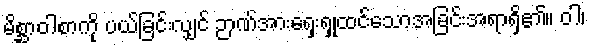
မိစ္ဆာဝါစာကို ပယ်ခြင်းလျှင် ဉာဏ်အားရှေးရှုထင်သောအခြင်းအရာရှိ၏။ ဝါ၊